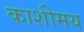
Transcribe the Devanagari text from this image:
काशीमय